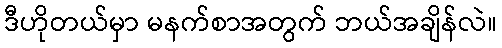
ဒီဟိုတယ်မှာ မနက်စာအတွက် ဘယ်အချိန်လဲ။